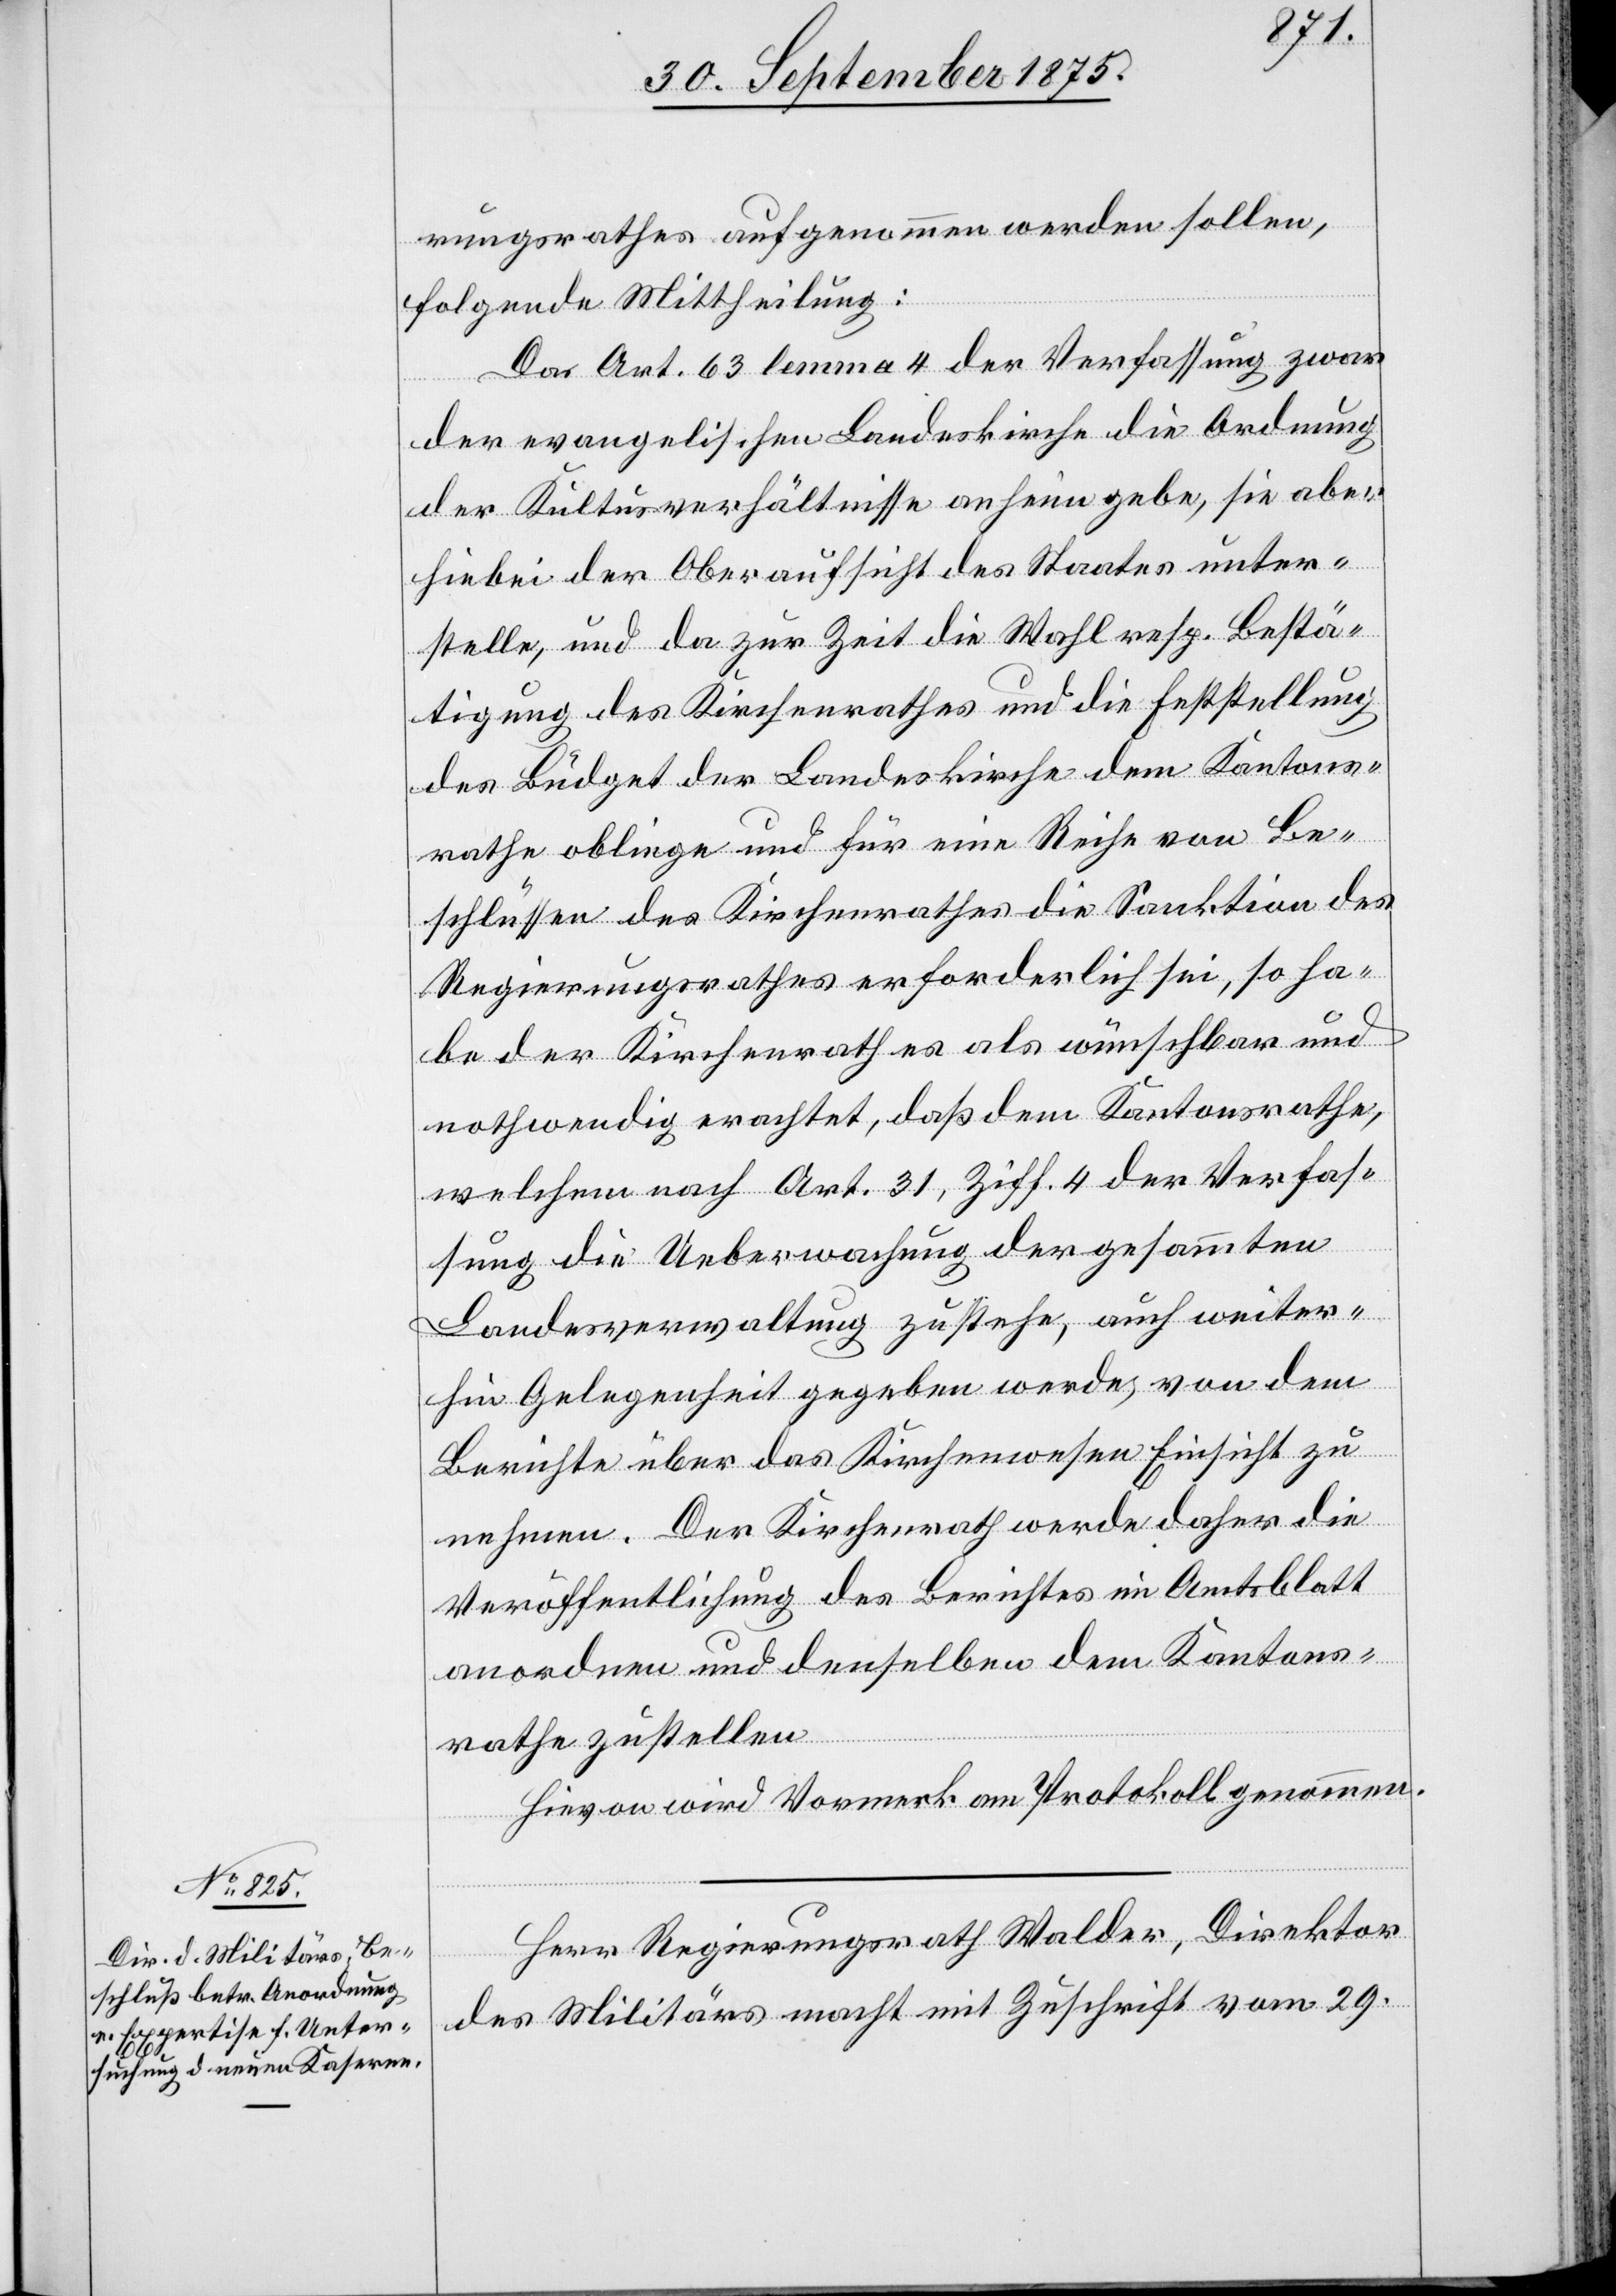
rungsrathes aufgenommen werden sollen,
folgende Mittheilung:
Da Art. 63 lemma 4 der Verfassung zwar
der evangelischen Landeskirche die Ordnung
der Kultusverhältnisse anheim gebe, sie aber
hiebei der Oberaufsicht des Staates unter¬
stelle, und da zur Zeit die Wahl resp. Bestä¬
tigung des Kirchenrathes und die Feststellung
des Büdget der Landeskirche dem Kantons¬
rathe obliege und für eine Reihe von Be¬
schlüssen des Kirchenrathes die Sanktion des
Regierungsrathes erforderlich sei, so ha¬
be der Kirchenrath es als wünschbar und
nothwendig erachtet, daß dem Kantonsrathe,
welchem nach Art. 31, Ziff. 4 der Verfas¬
sung die Ueberwachung der gesammten
Landesverwaltung zustehe, auch weiter¬
hin Gelegenheit gegeben werde, von dem
Berichte über das Kirchenwesen Einsicht zu
nehmen. Der Kirchenrath werde daher die
Veröffentlichung des Berichtes im Amtsblatt
anordnen und denselben dem Kantons¬
rathe zustellen.
Hievon wird Vormerk am Protokoll genommen.
Herr Regierungsrath Walder, Direktor
des Militärs mach mit Zuschrift vom 29.